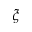
\boldsymbol { \xi }